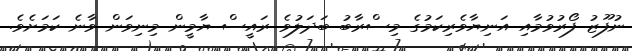
ނުފޫޒު ފޯރުވުމާއި އަނިޔާވެރިކަމުގެ މިސްރާބު ބަދަލުވެ ރައީސް ޔާމީން މިނިވަން ވާނެ ކަމަށެވެ.